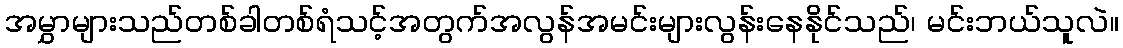
အမွှာများသည်တစ်ခါတစ်ရံသင့်အတွက်အလွန်အမင်းများလွန်းနေနိုင်သည်၊ မင်းဘယ်သူလဲ။